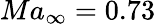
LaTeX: Ma{_\infty}=0.73